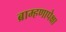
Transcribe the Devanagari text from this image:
ब्राम्हणापेक्षा